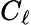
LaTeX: C_{\ell}